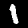
Digit: 1